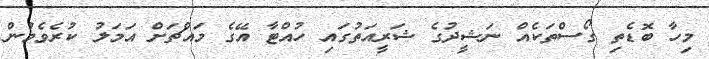
މިހާ ބޮޑެތި ގޯސްތަކެއް ނަޝީދުގެ ޝަރީއަތުގައި ހުއްޓާ އޭގެ މައްޗަށް އަމަލު ކުރެވެމުން